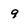
Character: 9